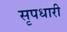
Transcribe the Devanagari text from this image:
सृपधारी